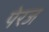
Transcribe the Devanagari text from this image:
पेरज